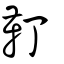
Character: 靪